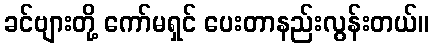
ခင်ဗျားတို့ ကော်မရှင် ပေးတာနည်းလွန်းတယ်။